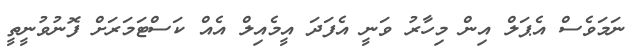
ނަމަވެސް އެޕަލް އިން މިހާރު ވަނީ އެފަދަ އީމެއިލް އެއް ކަސްޓަމަރަށް ފޮނުވުނީތީ